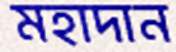
মহাদান